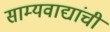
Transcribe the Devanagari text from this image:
साम्यवाद्यांची